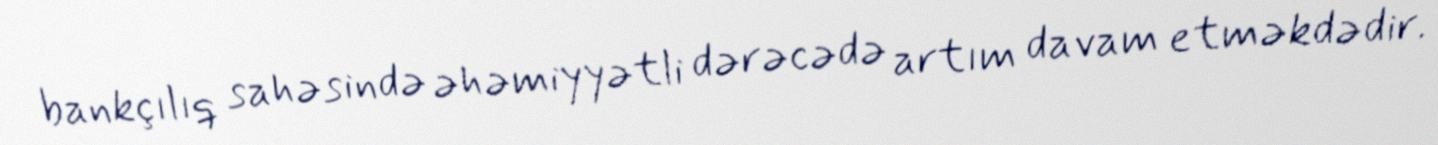
bankçılıq sahəsində əhəmiyyətli dərəcədə artım davam etməkdədir.